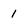
Character: l